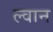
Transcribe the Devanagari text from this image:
ल्वान